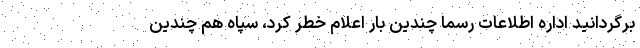
برگردانید اداره اطلاعات رسما چندین بار اعلام خطر کرد، سپاه هم چندین